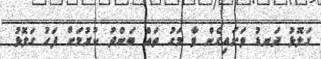
ގަލޮޅު ދަނޑު ވަށައިގެން ވާ މަގު ތައް ބަންދު ކުރުމަށް ފަހު ގަލޮޅު